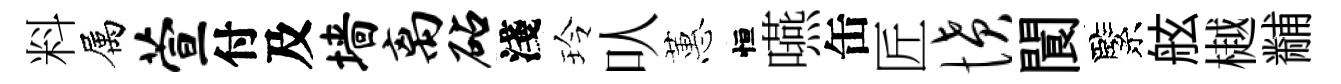
料属萱付及墙离砧淺玲㕥蕙恒嚥缶匠愤閬緊舷樾黼